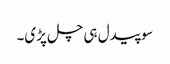
سو پیدل ہی چل پڑی۔